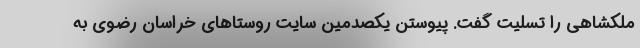
ملکشاهی را تسلیت گفت. پیوستن یکصدمین سایت روستاهای خراسان رضوی به